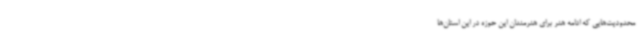
محدودیت‌هایی که ادامه هنر برای هنرمندان این حوزه در این استان‌ها